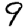
Digit: 9